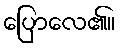
ပြောလေ၏။